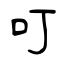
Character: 叮